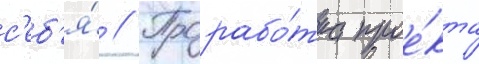
с'еб'я́ // Прорабо́тка прое́кта